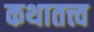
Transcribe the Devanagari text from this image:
कथातत्त्व